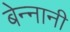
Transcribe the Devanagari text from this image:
बेन्नानी